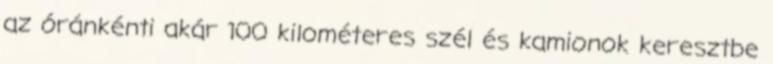
az óránkénti akár 100 kilométeres szél és kamionok keresztbe